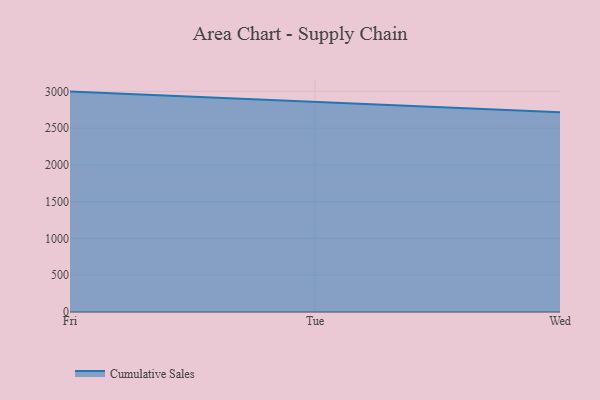
{"axis": {"x": "Day", "y": "Page Views"}, "legend": ["Cumulative Sales"], "data": [{"x": "Fri", "y": 2997.1, "type": "Cumulative Sales"}, {"x": "Tue", "y": 2854.8, "type": "Cumulative Sales"}, {"x": "Wed", "y": 2716.4, "type": "Cumulative Sales"}]}